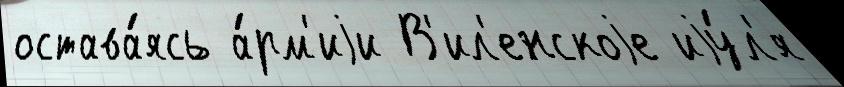
остава́ясь а́рм'иjи В'ил'енскоjе иjу́л'я